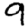
Digit: 9